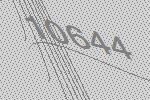
10644